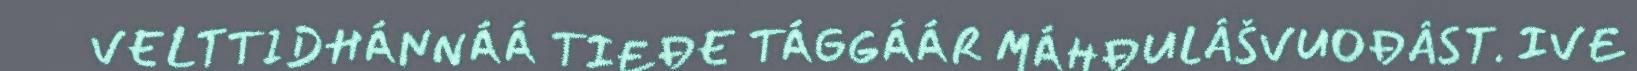
VELTTIDHÁNNÁÁ TIEĐE TÁGGÁÁR MÁHĐULÂŠVUOĐÂST. IVE